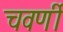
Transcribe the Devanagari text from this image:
चवर्णी